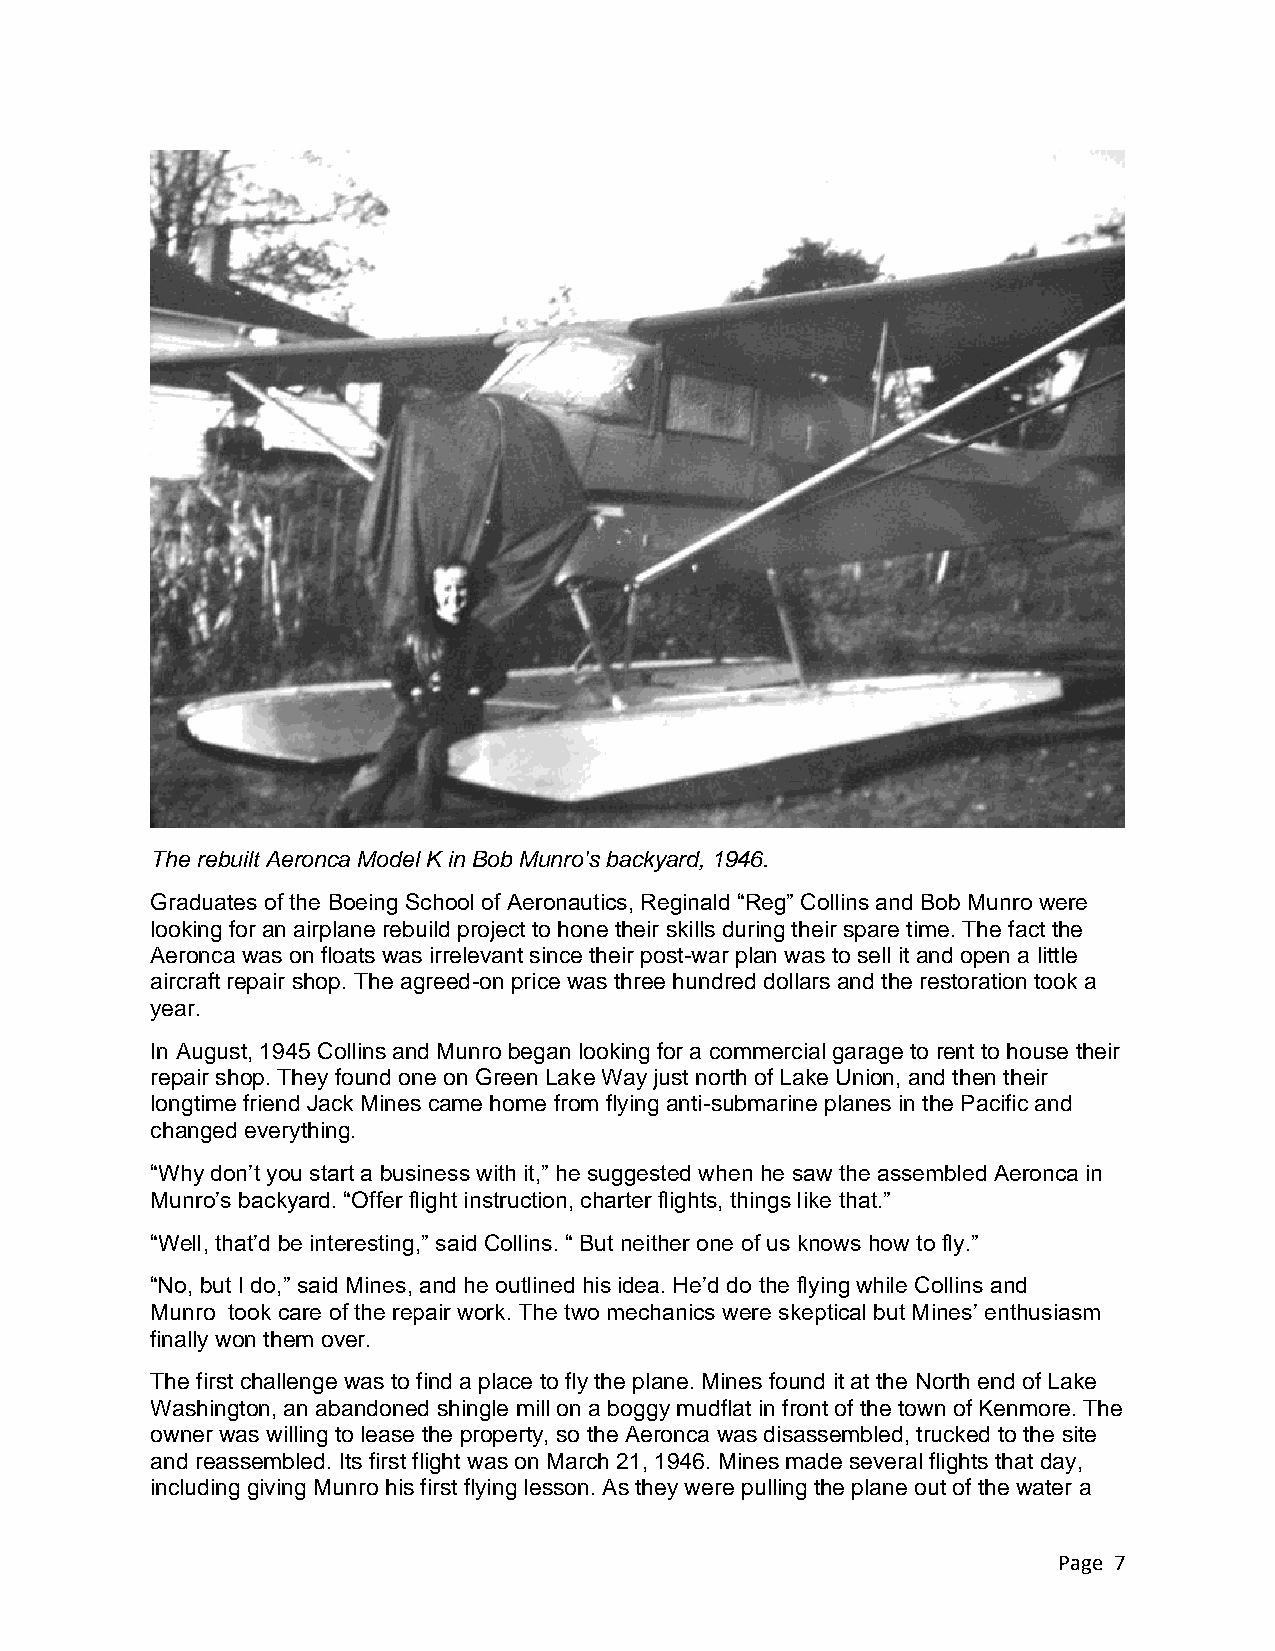
The rebuilt Aeronca Model K in Bob Munro's backyard, 1946.
 Graduates of the Boeing School of Aeronautics, Reginald “Reg” Collins and Bob Munro were
 looking for an airplane rebuild project to hone their skills during their spare time. The fact the
 Aeronca was on floats was irrelevant since their post-war plan was to sell it and open a little
 aircraft repair shop. The agreed-on price was three hundred dollars and the restoration took a
 year.
 In August, 1945 Collins and Munro began looking for a commercial garage to rent to house their
 repair shop. They found one on Green Lake Way just north of Lake Union, and then their
 longtime friend Jack Mines came home from flying anti-submarine planes in the Pacific and
 changed everything.
 “Why don’t you start a business with it,” he suggested when he saw the assembled Aeronca in
 Munro’s backyard. “Offer flight instruction, charter flights, things like that.”
 “Well, that’d be interesting,” said Collins. “ But neither one of us knows how to fly.”
 “No, but I do,” said Mines, and he outlined his idea. He’d do the flying while Collins and
 Munro took care of the repair work. The two mechanics were skeptical but Mines’ enthusiasm
 finally won them over.
 The first challenge was to find a place to fly the plane. Mines found it at the North end of Lake
 Washington, an abandoned shingle mill on a boggy mudflat in front of the town of Kenmore. The
 owner was willing to lease the property, so the Aeronca was disassembled, trucked to the site
 and reassembled. Its first flight was on March 21, 1946. Mines made several flights that day,
 including giving Munro his first flying lesson. As they were pulling the plane out of the water a
 Page 7